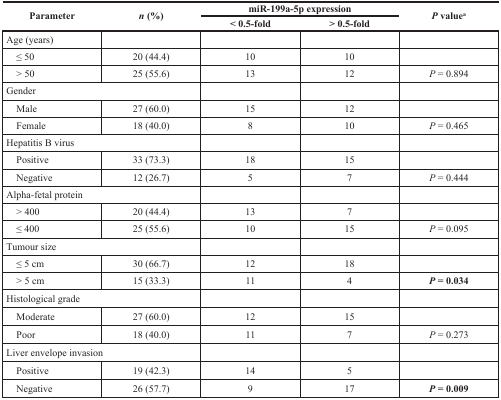
| <ROWSPAN=2> Parameter | <ROWSPAN=2> n (%) | <COLSPAN=2> miR-199a-5p expression | <ROWSPAN=2> P valuea |
 | < 0.5-fold | > 0.5-fold |
 | --- | --- | --- | --- | --- |
 | Age (years) |  |  |  |  |
 | ≤ 50 | 20 (44.4) | 10 | 10 |  |
 | > 50 | 25 (55.6) | 13 | 12 | P = 0.894 |
 | Gender |  |  |  |  |
 | Male | 27 (60.0) | 15 | 12 |  |
 | Female | 18 (40.0) | 8 | 10 | P = 0.465 |
 | Hepatitis B virus |  |  |  |  |
 | Positive | 33 (73.3) | 18 | 15 |  |
 | Negative | 12 (26.7) | 5 | 7 | P = 0.444 |
 | Alpha-fetal protein |  |  |  |  |
 | > 400 | 20 (44.4) | 13 | 7 |  |
 | ≤ 400 | 25 (55.6) | 10 | 15 | P = 0.095 |
 | Tumour size |  |  |  |  |
 | ≤ 5 cm | 30 (66.7) | 12 | 18 |  |
 | > 5 cm | 15 (33.3) | 11 | 4 | P = 0.034 |
 | Histological grade |  |  |  |  |
 | Moderate | 27 (60.0) | 12 | 15 |  |
 | Poor | 18 (40.0) | 11 | 7 | P = 0.273 |
 | Liver envelope invasion |  |  |  |  |
 | Positive | 19 (42.3) | 14 | 5 |  |
 | Negative | 26 (57.7) | 9 | 17 | P = 0.009 |